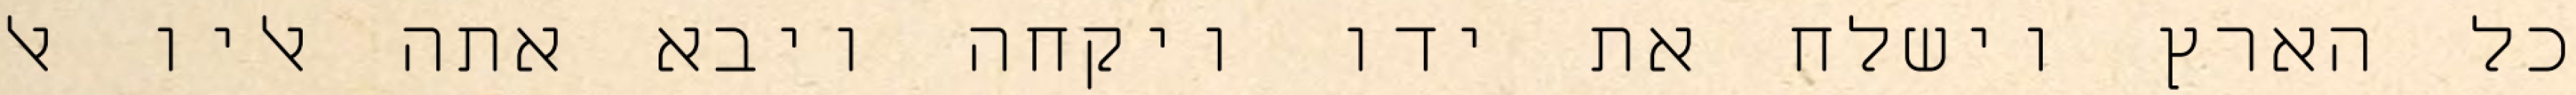
כל הארץ וישלח את ידו ויקחה ויבא אתה אליו אל